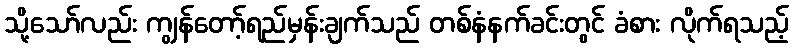
သို့သော်လည်း ကျွန်တော့်ရည်မှန်းချက်သည် တစ်နံနက်ခင်းတွင် ခံစား လိုက်ရသည့်